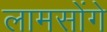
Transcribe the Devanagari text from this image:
लामसोंगे